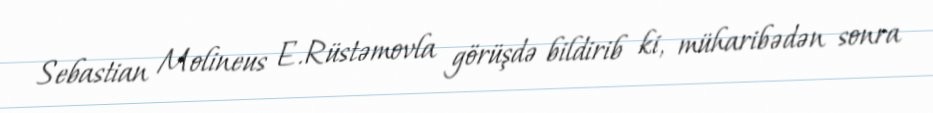
Sebastian Molineus E.Rüstəmovla görüşdə bildirib ki, müharibədən sonra